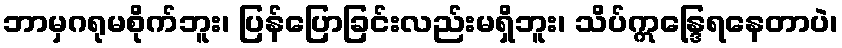
ဘာမှဂရုမစိုက်ဘူး၊ ပြန်ပြောခြင်းလည်းမရှိဘူး၊ သိပ်ဣန္ဒြေရနေတာပဲ၊